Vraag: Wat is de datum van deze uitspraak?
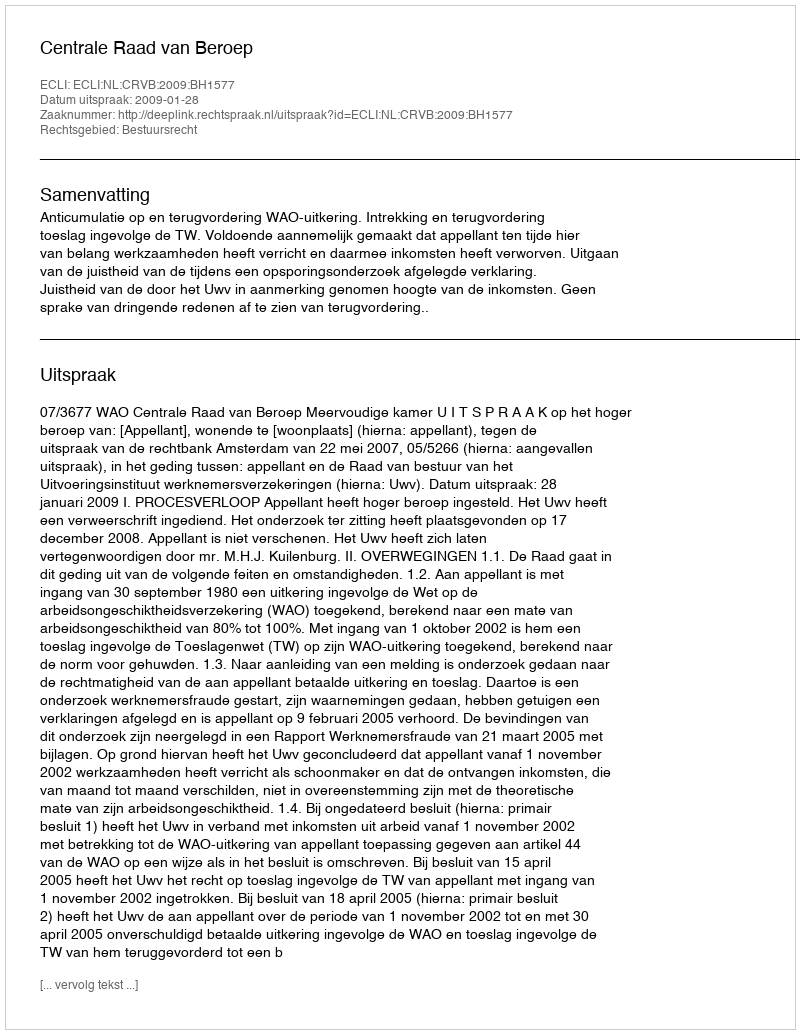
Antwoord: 2009-01-28